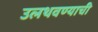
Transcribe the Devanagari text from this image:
उलथवण्याची